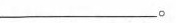
___。